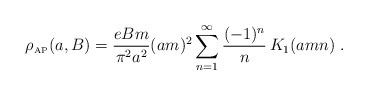
LaTeX: \begin{align*}\rho_{\mbox{\tiny AP}} (a,B)={eBm\over \pi^2a^2}(am)^2\sum_{n=1}^{\infty}{(-1)^{n}\over n}\,K_1(amn)\;.\end{align*}